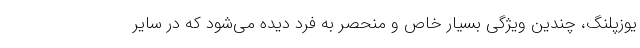
یوزپلنگ، چندین ویژگی بسیار خاص و منحصر به فرد دیده می‌شود که در سایر